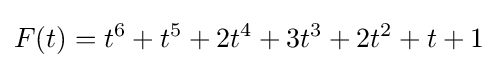
F(t)=t^{6}+t^{5}+2t^{4}+3t^{3}+2t^{2}+t+1